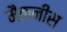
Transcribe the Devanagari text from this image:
मैकनीस